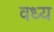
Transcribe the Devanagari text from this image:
वध्य